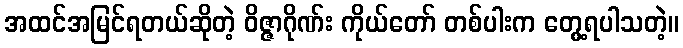
အထင်အမြင်ရတယ်ဆိုတဲ့ ဝိဇ္ဇာဂိုဏ်း ကိုယ်တော် တစ်ပါးက တွေ့ရပါသတဲ့။